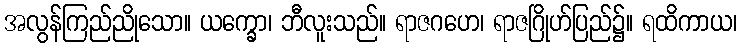
အလွန်ကြည်ညိုသော။ ယက္ခော၊ ဘီလူးသည်။ ရာဇဂဟေ၊ ရာဇဂြိုဟ်ပြည်၌။ ရထိကာယ၊